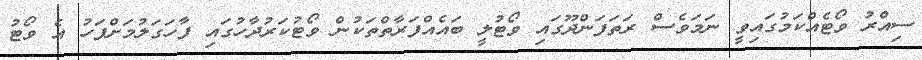
ސިއްރު ވޯޓެއްކަމުގައިވީ ނަމަވެސް ރަތަފަންދޫގައި ވޯޓުލީ ބައެއްފަރާތްތަކުން ވޯޓުކަރުދާހުގައި ފާހަގަލުމަށްފަހު އެ ވޯޓު